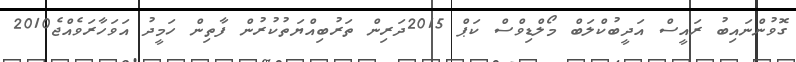
ގޮވުންނައިބު ރައީސް އަދީބުކްލަބް މޯލްޑިވްސް ކަޕް 2015ދަރިން ތަރުބިއްޔަތުކުރުން ފާތިން ހަމީދު އަވަހާރަވެއްޖެ2010